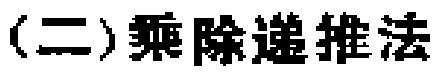
(二)乘除递推法